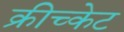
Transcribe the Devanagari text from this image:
क्रीच्केट